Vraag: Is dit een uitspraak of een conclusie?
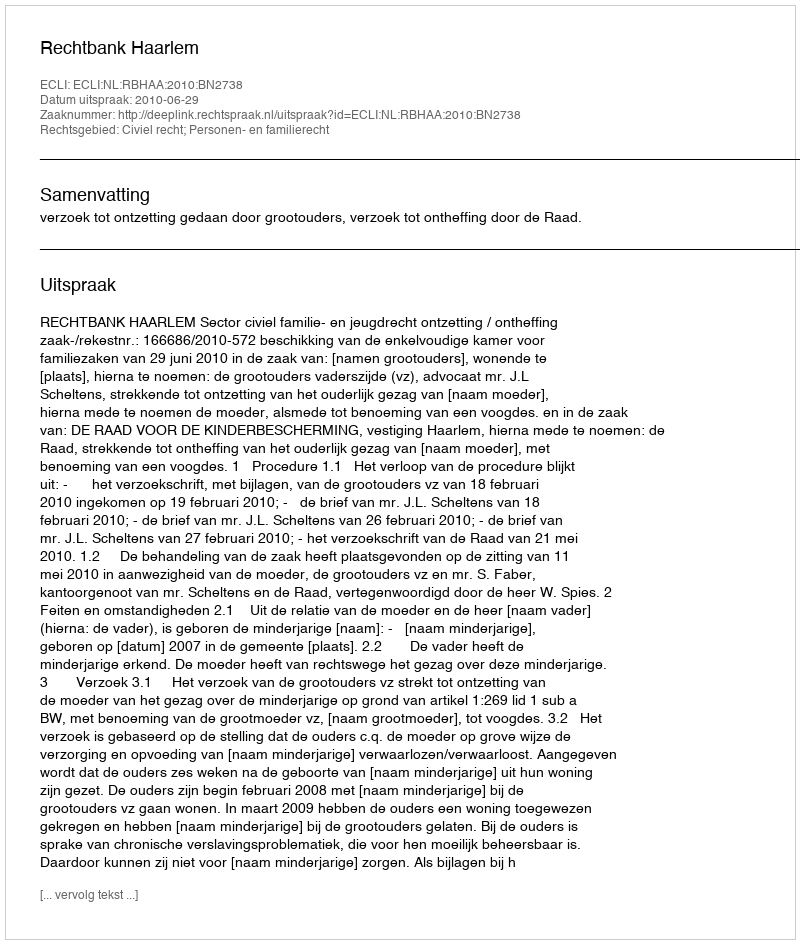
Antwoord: Uitspraak